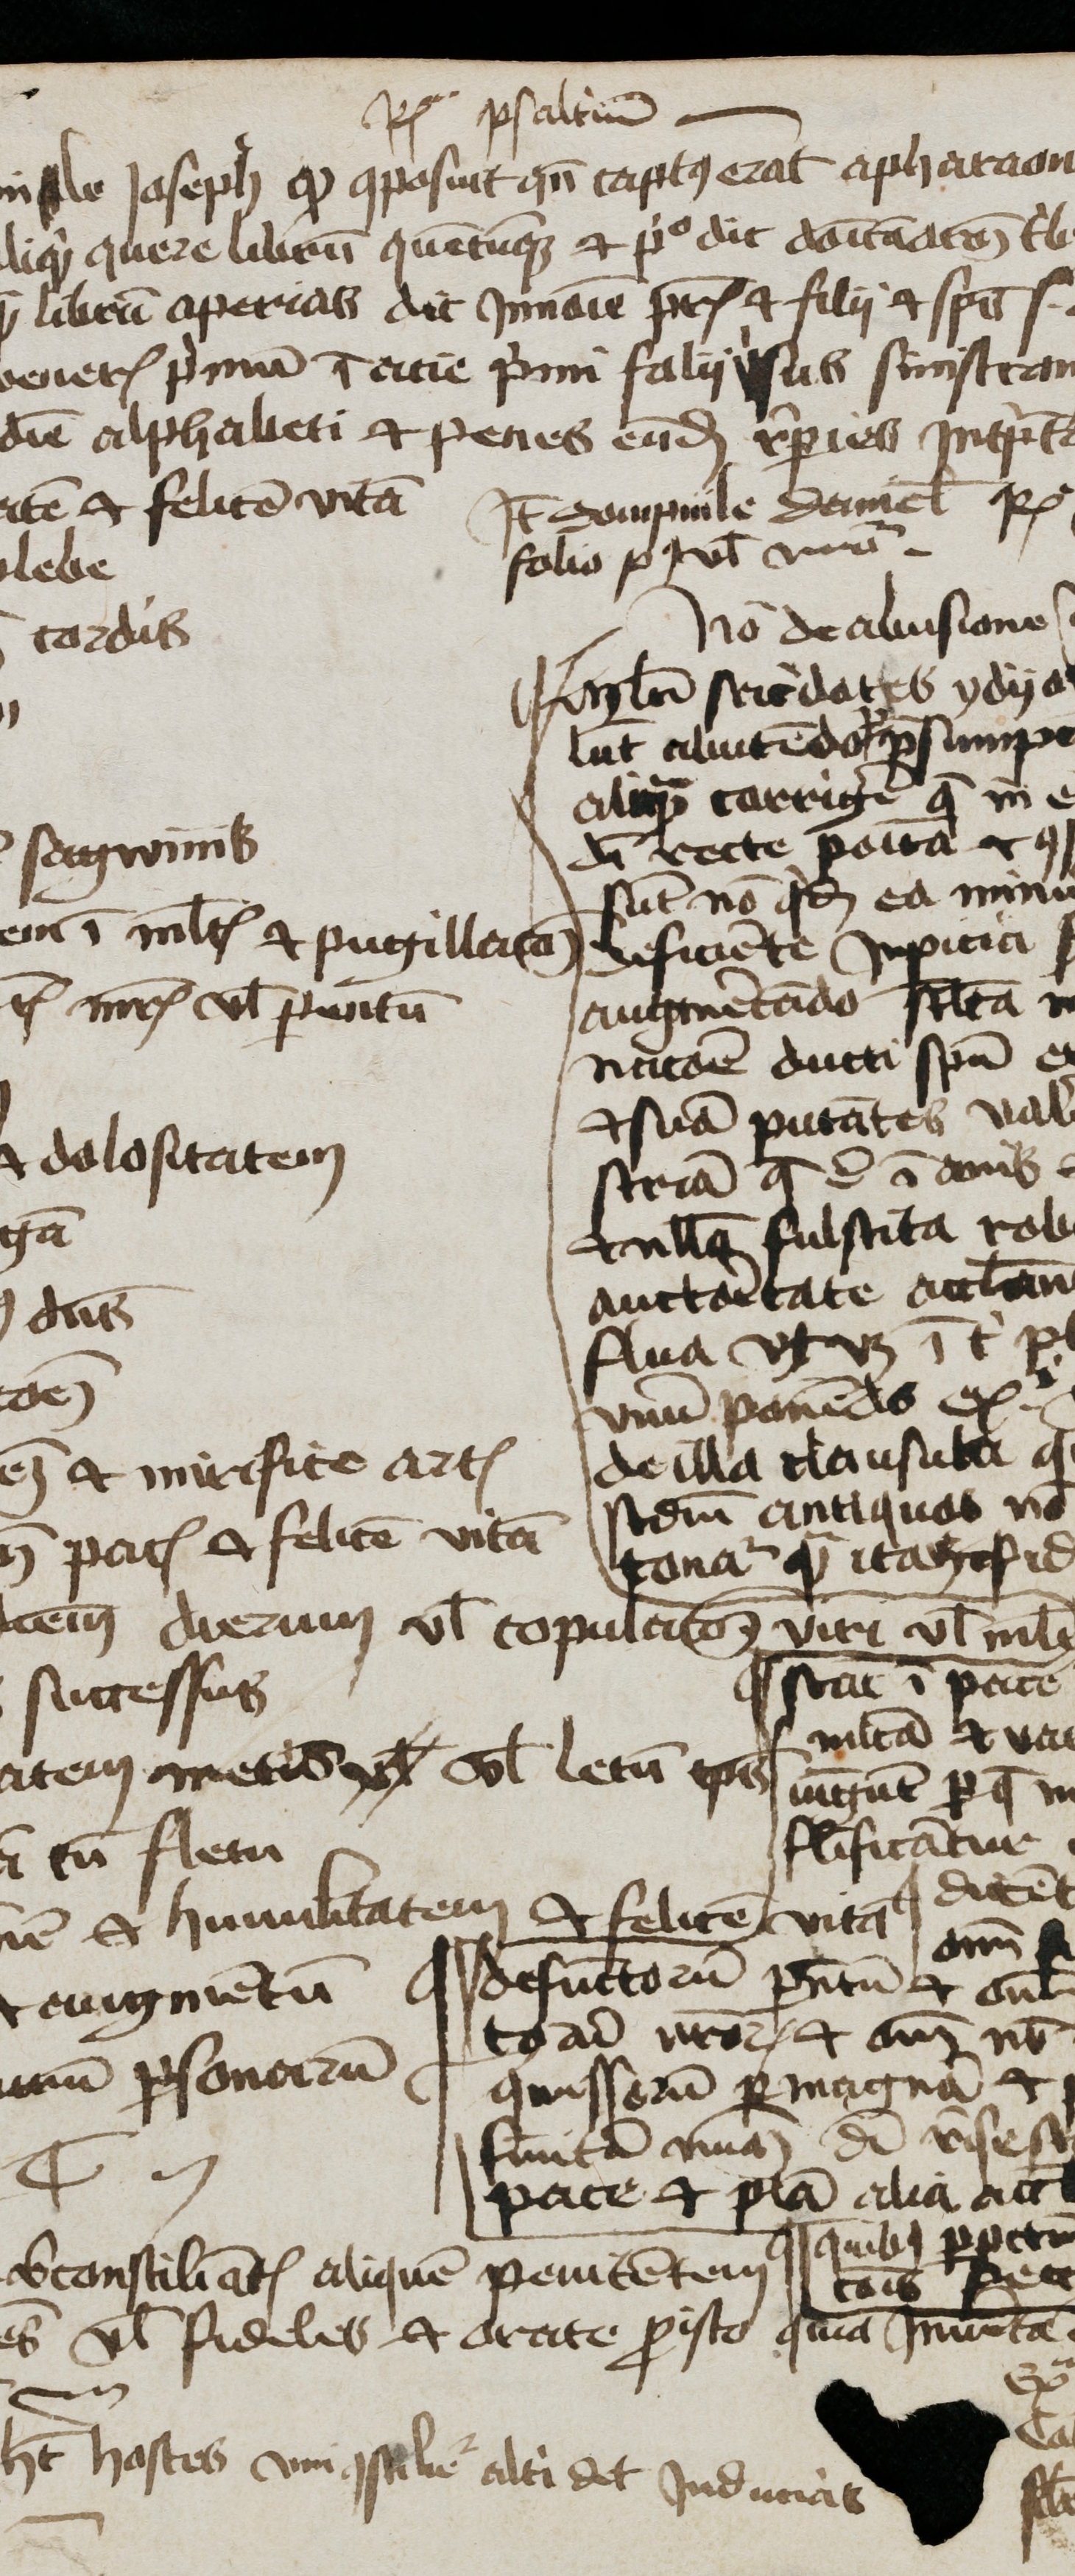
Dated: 1400–1499